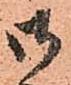
御